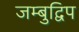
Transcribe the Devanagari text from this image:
जम्बुद्विप